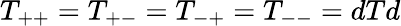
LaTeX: T_{++}=T_{+-}=T_{-+}=T_{--}=dTd